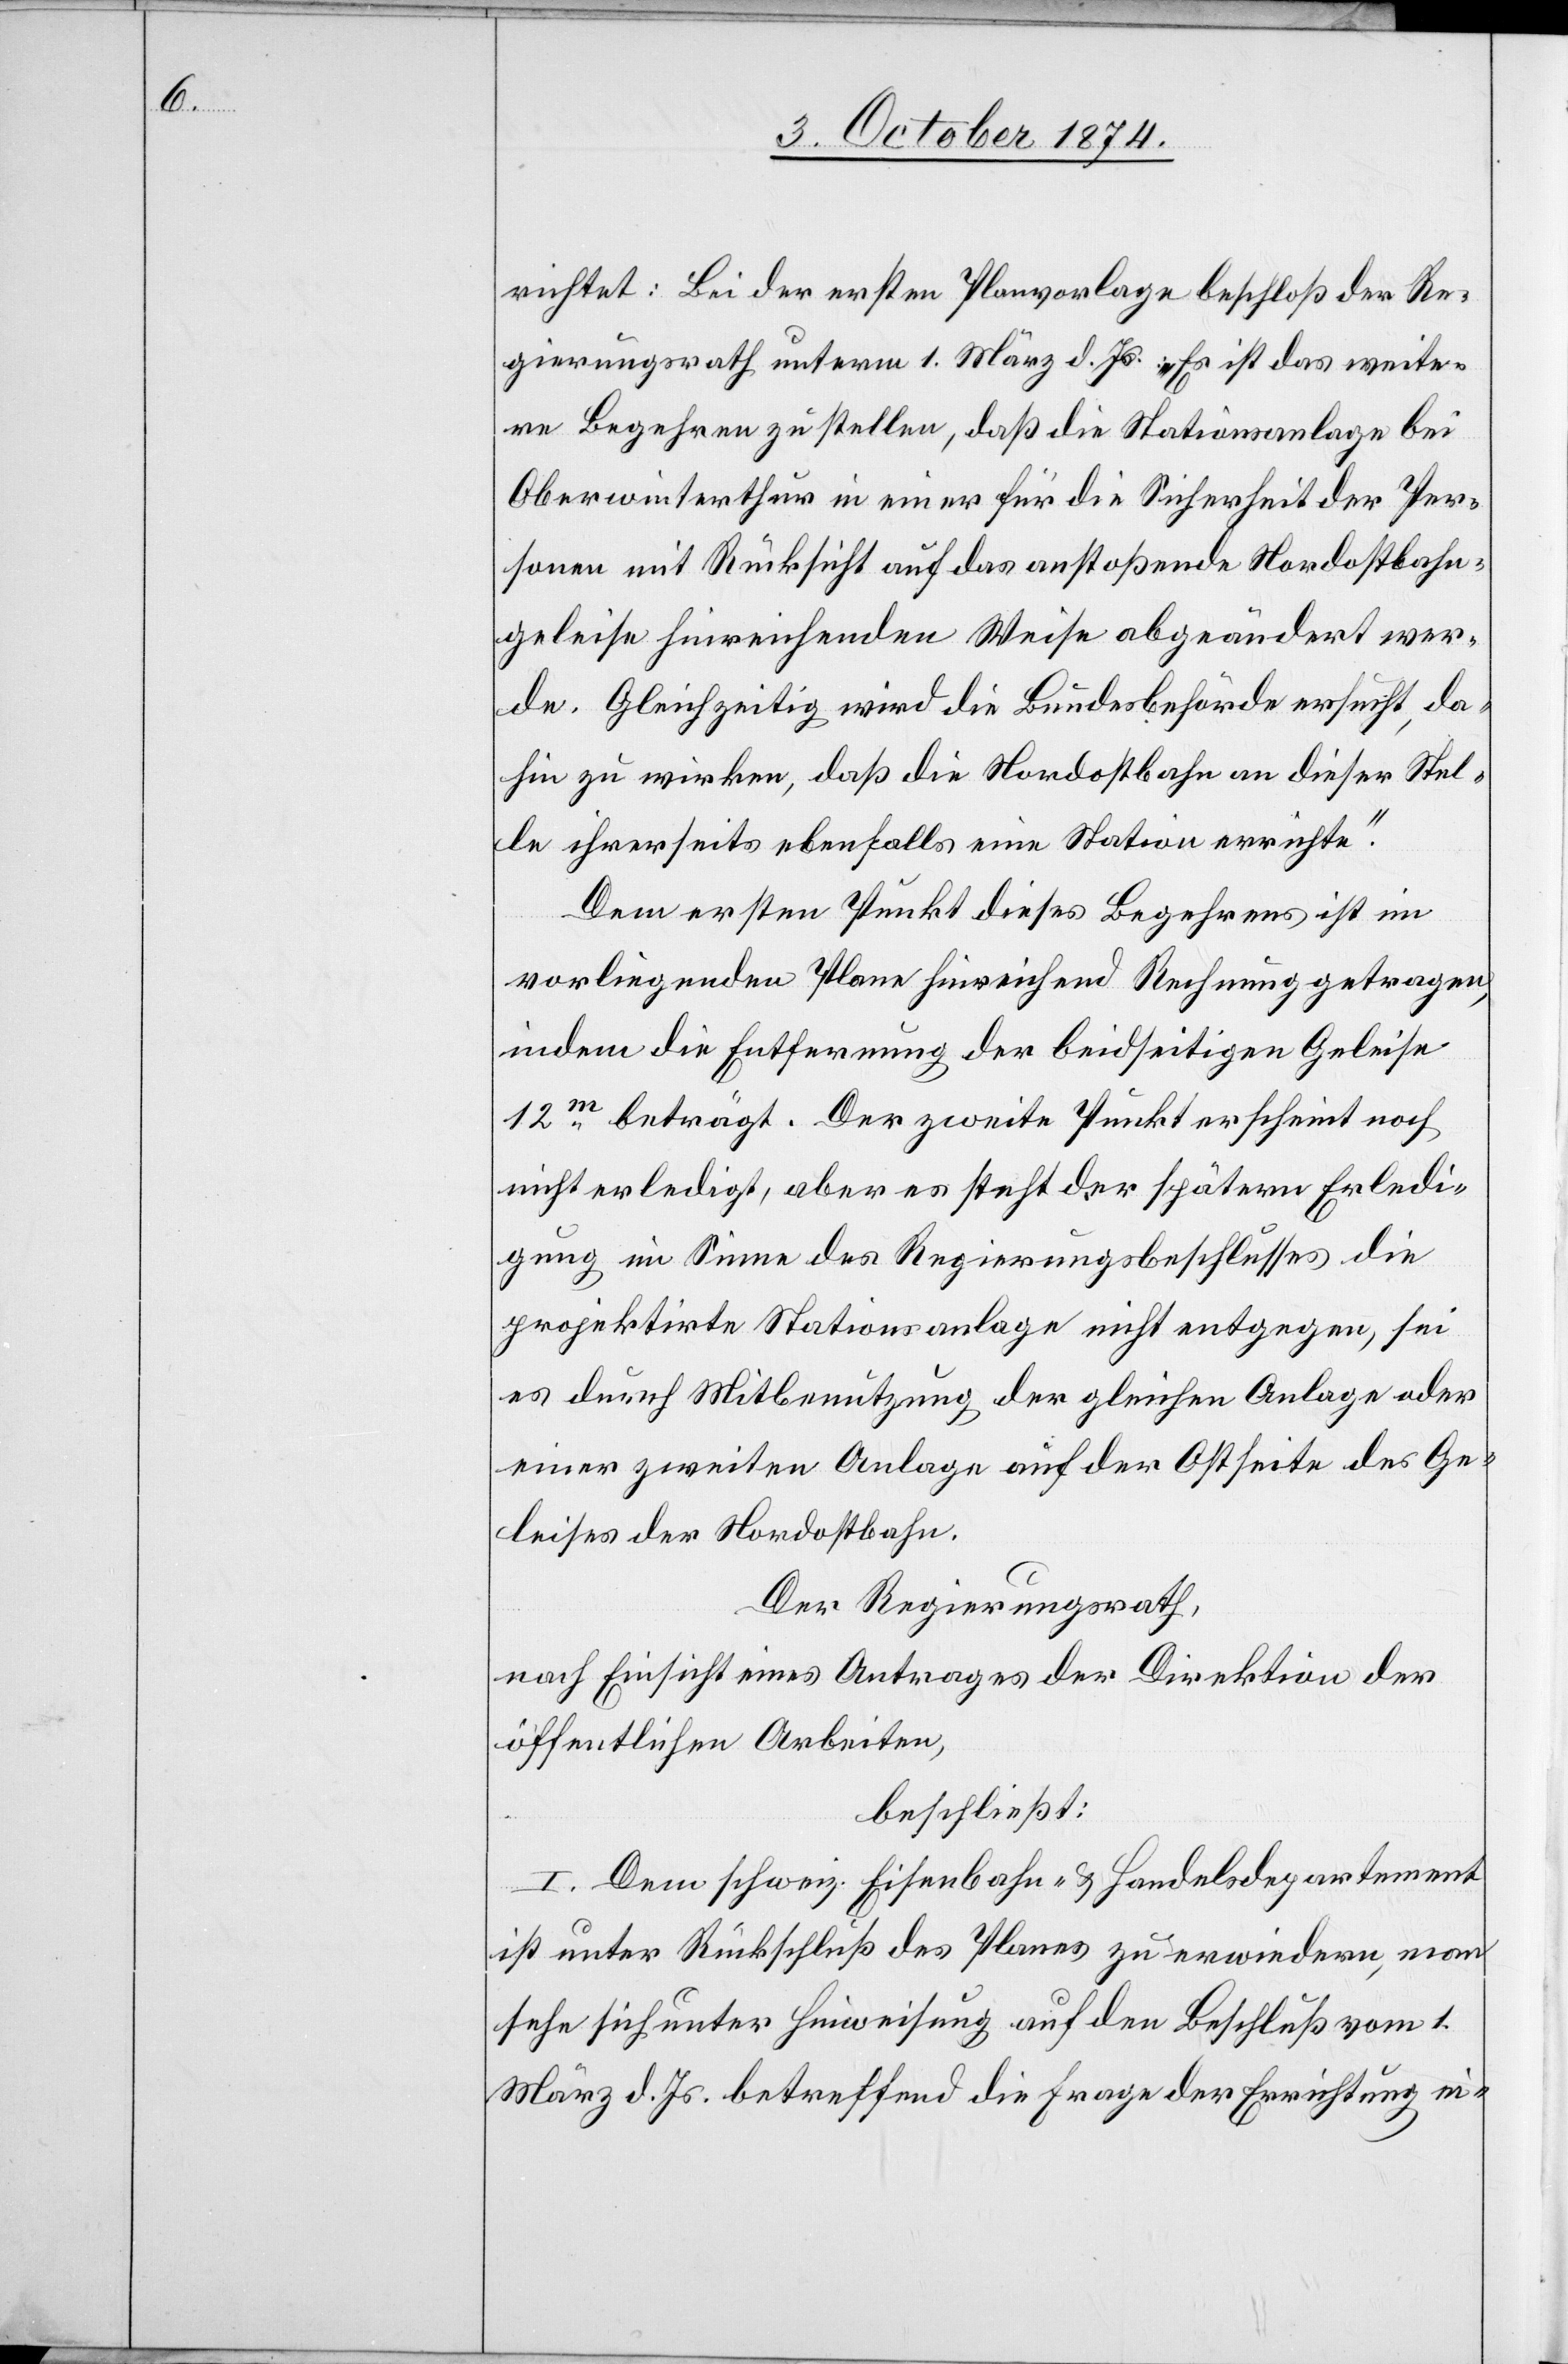
richtet: Bei der ersten Planvorlage beschloß der Re¬
gierungsrath unterm 1. März d. Js.: „Es ist das weite¬
re Begehren zu stellen, daß die Stationsanlage bei
Oberwinterthur in einer für die Sicherheit der Per¬
sonen mit Rücksicht auf das anstoßende Nordostbahn¬
geleise hinreichenden Weise abgeändert wer¬
de. Gleichzeitig wird die Bundesbehörde ersucht, da¬
hin zu wirken, daß die Nordostbahn an dieser Stel¬
le ihrerseits ebenfalls eine Station errichte.“
Dem ersten Punkt dieses Begehrens ist im
vorliegenden Plane hinreichend Rechnung getragen,
indem die Entfernung der beidseitigen Geleise
12m beträgt. Der zweite Punkt erscheint noch
nicht erledigt, aber es steht der spätern Erledi¬
gung im Sinne des Regierungsrathsbeschlusses die
projektirte Stationsanlage nicht entgegen, sei
es durch Mitbenutzung der gleichen Anlage oder
einer zweiten Anlage auf der Ostseite des Ge¬
leises der Nordostbahn.
Der Regierungsrath,
nach Einsicht eines Antrages der Direktion der
öffentlichen Arbeiten,
beschließt:
I. Dem schweiz. Eisenbahn- & Handelsdepartement
ist unter Rückschluß des Planes zu erwiedern, man
sehe sich unter Hinweisung auf den Beschluß vom 1.
März d. Js. betreffend die Frage der Errichtung ei-